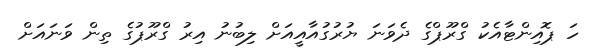
ހަ ޕޮއިންޓާއެކު ގްރޫޕްގެ ދެވަނަ ޔުރުގުއާއީއަށް ލިބުނު އިރު ގްރޫޕުގެ ތިން ވަނައަށް